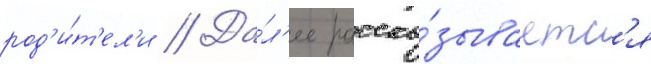
род'и́т'ел'и // Да́л'ее расска́зываетс'я